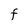
Character: F